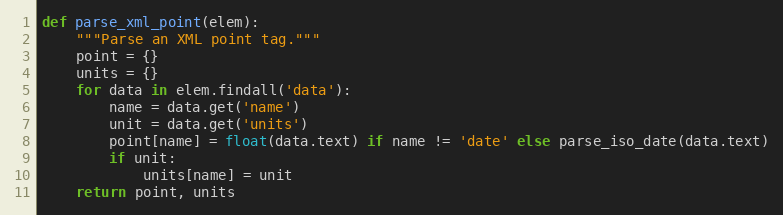
Language: Python
def parse_xml_point(elem):
    """Parse an XML point tag."""
    point = {}
    units = {}
    for data in elem.findall('data'):
        name = data.get('name')
        unit = data.get('units')
        point[name] = float(data.text) if name != 'date' else parse_iso_date(data.text)
        if unit:
            units[name] = unit
    return point, units